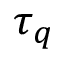
\tau _ { q }